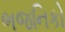
ભજનિકો